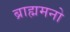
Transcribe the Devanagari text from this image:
ब्राह्ममनो